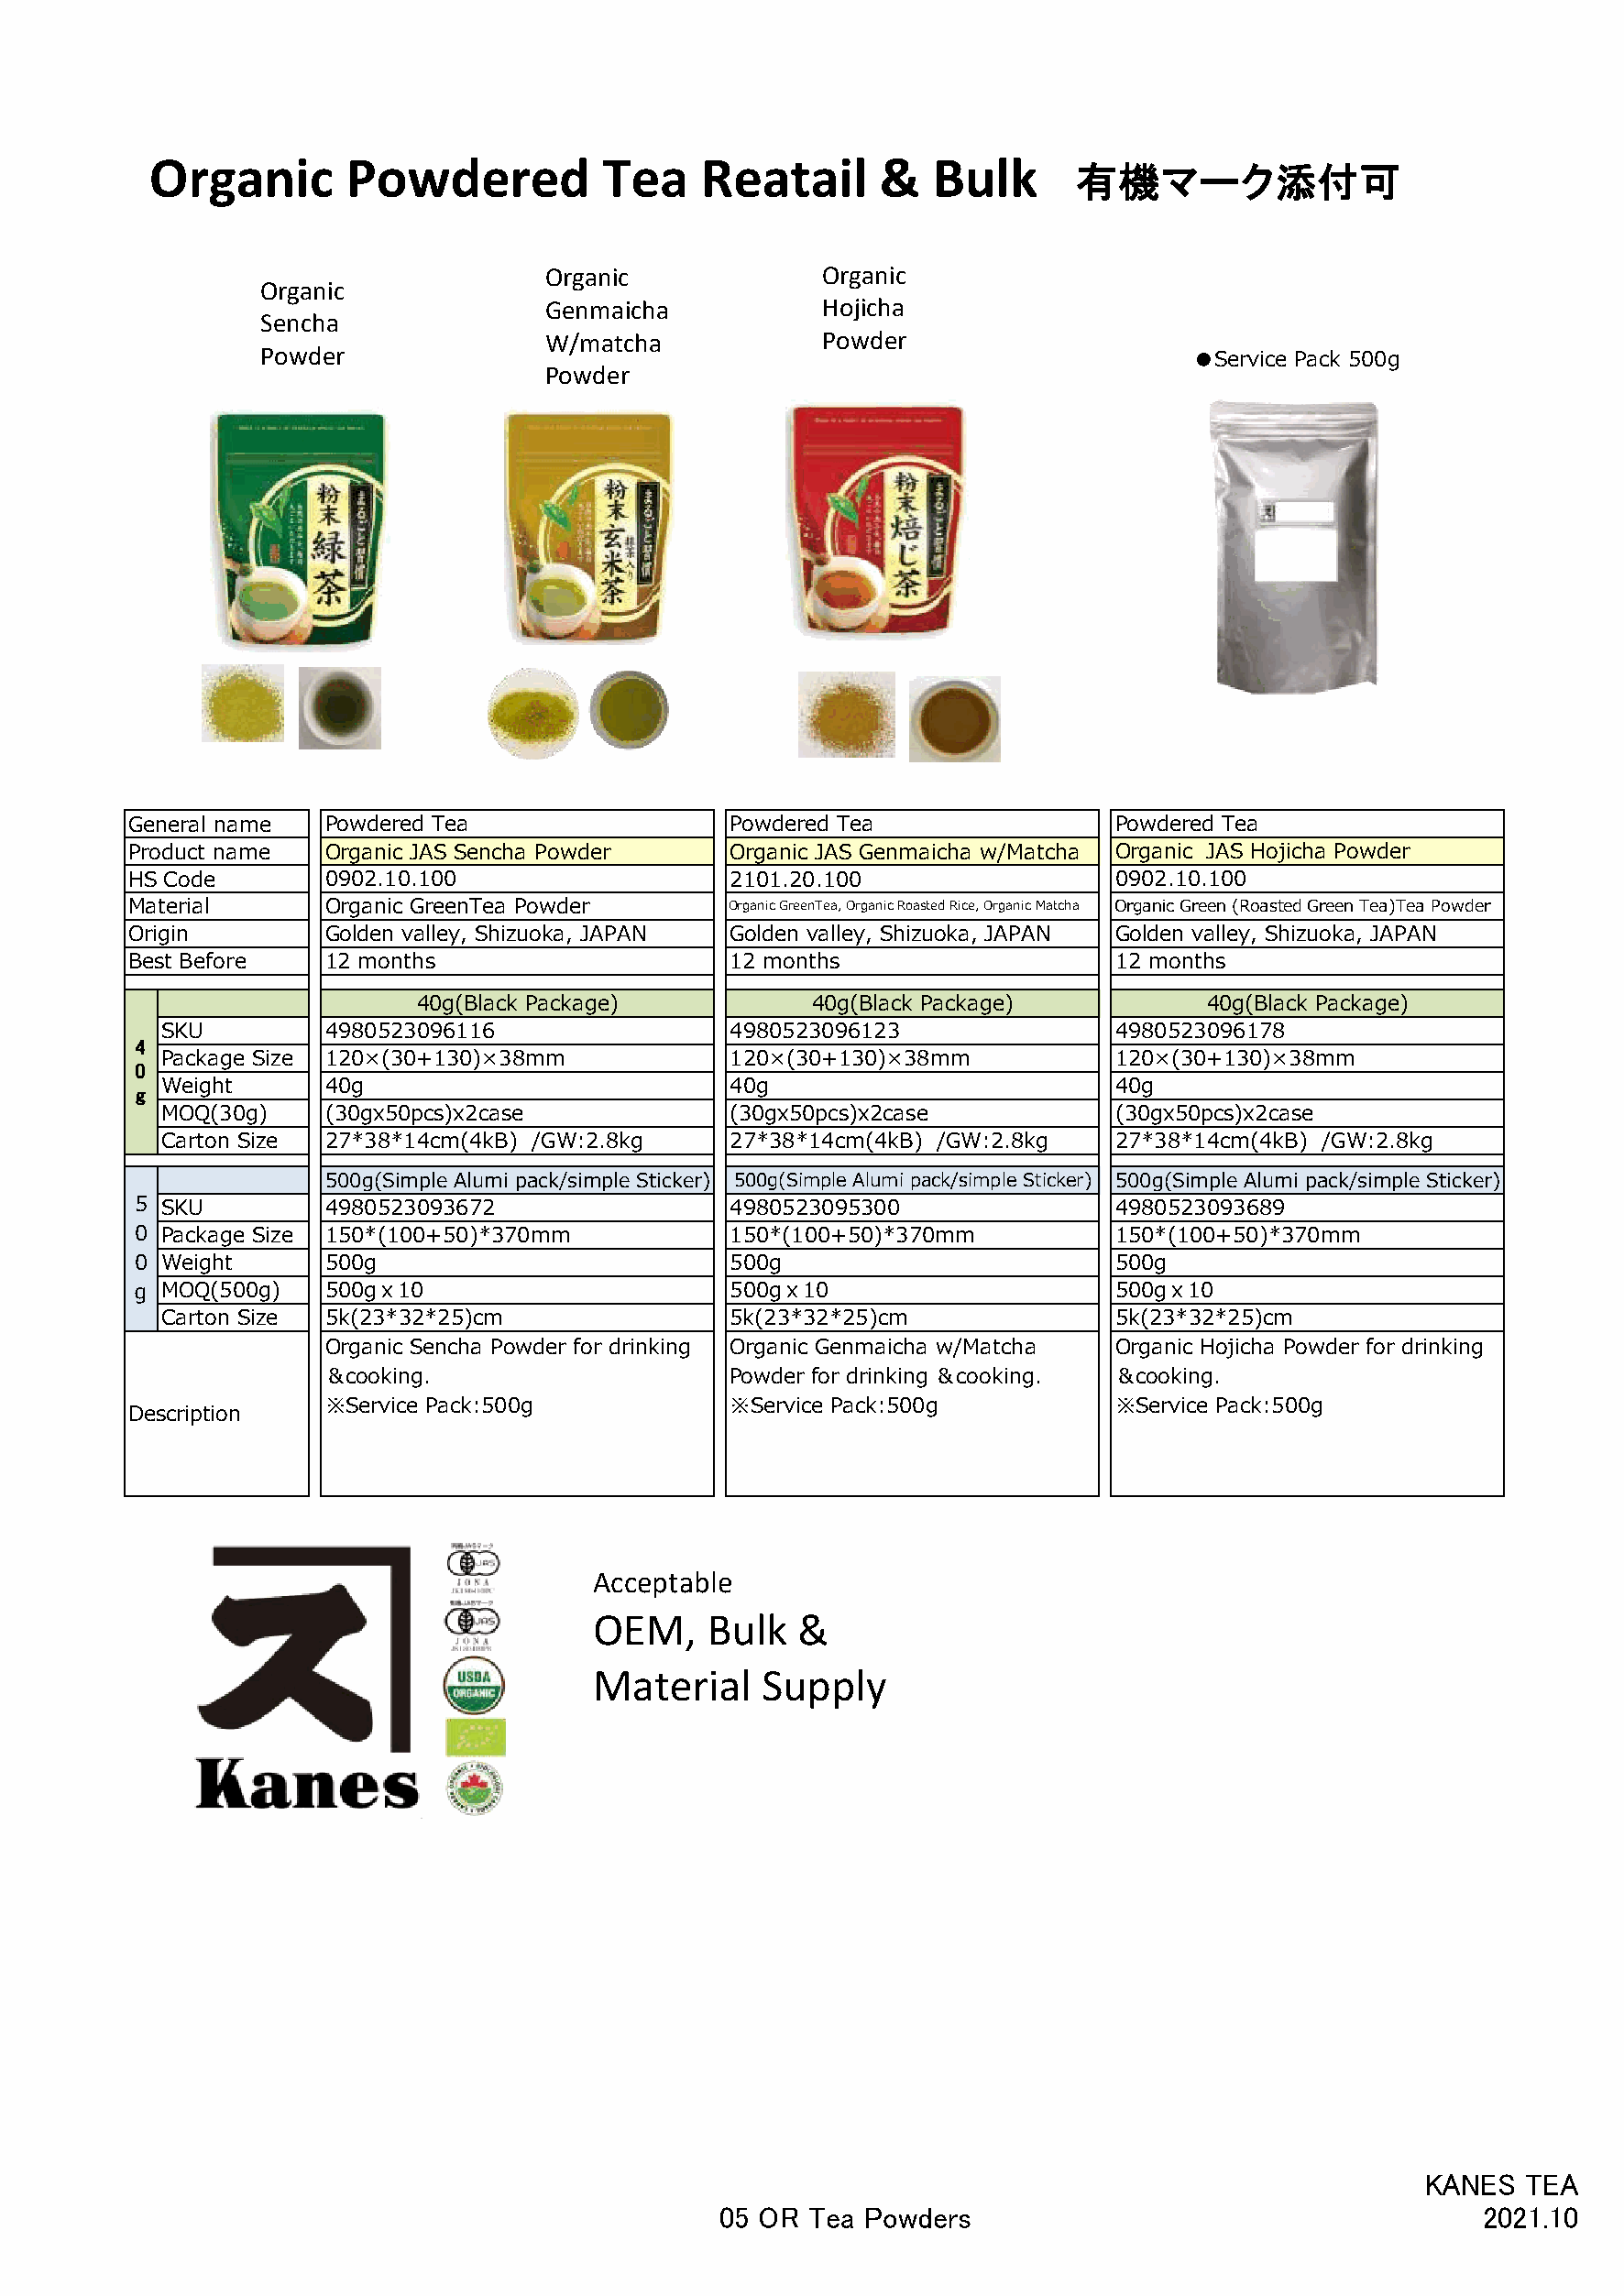
Organic       Powdered           Tea    Reatail      &  Bulk
 有機マーク添付可
 Organic             Organic
 Organic
 Genmaicha           Hojicha
 Sencha
 W/matcha            Powder
 Powder                                                             ●Service Pack 500g
 Powder
 General name  Powdered Tea                  Powdered Tea                Powdered Tea
 Product name  Organic JAS Sencha Powder     Organic JAS Genmaicha w/Matcha Organic JAS Hojicha Powder
 HS Code       0902.10.100                   2101.20.100                 0902.10.100
 Material      Organic GreenTea Powder       Organic GreenTea, Organic Roasted Rice, Organic Matcha Organic Green (Roasted Green Tea)Tea Powder
 Origin        Golden valley, Shizuoka, JAPAN Golden valley, Shizuoka, JAPAN Golden valley, Shizuoka, JAPAN
 Best Before   12 months                     12 months                   12 months
 40g(Black Package)           40g(Black Package)          40g(Black Package)
 SKU        4980523096116                 4980523096123               4980523096178
 4
 Package Size 120×(30+130)×38mm           120×(30+130)×38mm           120×(30+130)×38mm
 0
 Weight     40g                           40g                         40g
 g
 MOQ(30g)   (30gx50pcs)x2case             (30gx50pcs)x2case           (30gx50pcs)x2case
 Carton Size 27*38*14cm(4kB) /GW:2.8kg    27*38*14cm(4kB) /GW:2.8kg   27*38*14cm(4kB) /GW:2.8kg
 500g(Simple Alumi pack/simple Sticker) 500g(Simple Alumi pack/simple Sticker) 500g(Simple Alumi pack/simple Sticker)
 5 SKU        4980523093672                 4980523095300               4980523093689
 0 Package Size 150*(100+50)*370mm          150*(100+50)*370mm          150*(100+50)*370mm
 0 Weight     500g                          500g                        500g
 ｇ  MOQ(500g)  500gｘ10                       500gｘ10                     500gｘ10
 Carton Size 5k(23*32*25)cm               5k(23*32*25)cm              5k(23*32*25)cm
 Organic Sencha Powder for drinking Organic Genmaicha w/Matcha Organic Hojicha Powder for drinking
 ＆cooking.                     Powder for drinking ＆cooking. ＆cooking.
 ※Service Pack:500g            ※Service Pack:500g          ※Service Pack:500g
 Description
 Acceptable
 OEM,    Bulk   &
 Material    Supply
 KANES  TEA
 05 OR Tea Powders                                      2021.10